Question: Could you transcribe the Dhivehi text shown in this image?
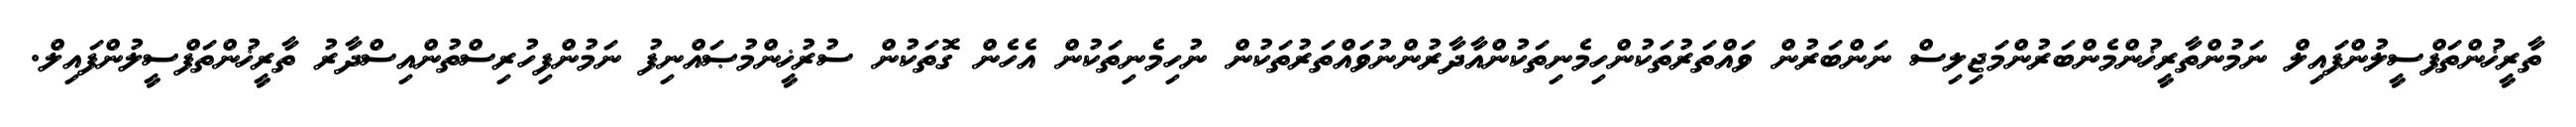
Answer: ތާރީޚުންތަފްސީލުންފައިލް ނަމުންތާރީޚުންމެންބަރުންމަޖިލިސް ނަންބަރުން ވައްތަރުތަކުންހިމެނިތަކުންއާދާރުންނުވައްތަރުތަކުން ނުހިމެނިތަކުން އެހެން ގޮތަކުން ސުރުޚީންމުޞައްނިފު ނަމުންފިހުރިސްތުންއިސްދާރު ތާރީޚުންތަފްސީލުންފައިލް.